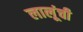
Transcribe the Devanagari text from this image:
लालूंची